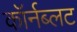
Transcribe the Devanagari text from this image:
कॉर्नब्लट